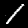
Label: 1